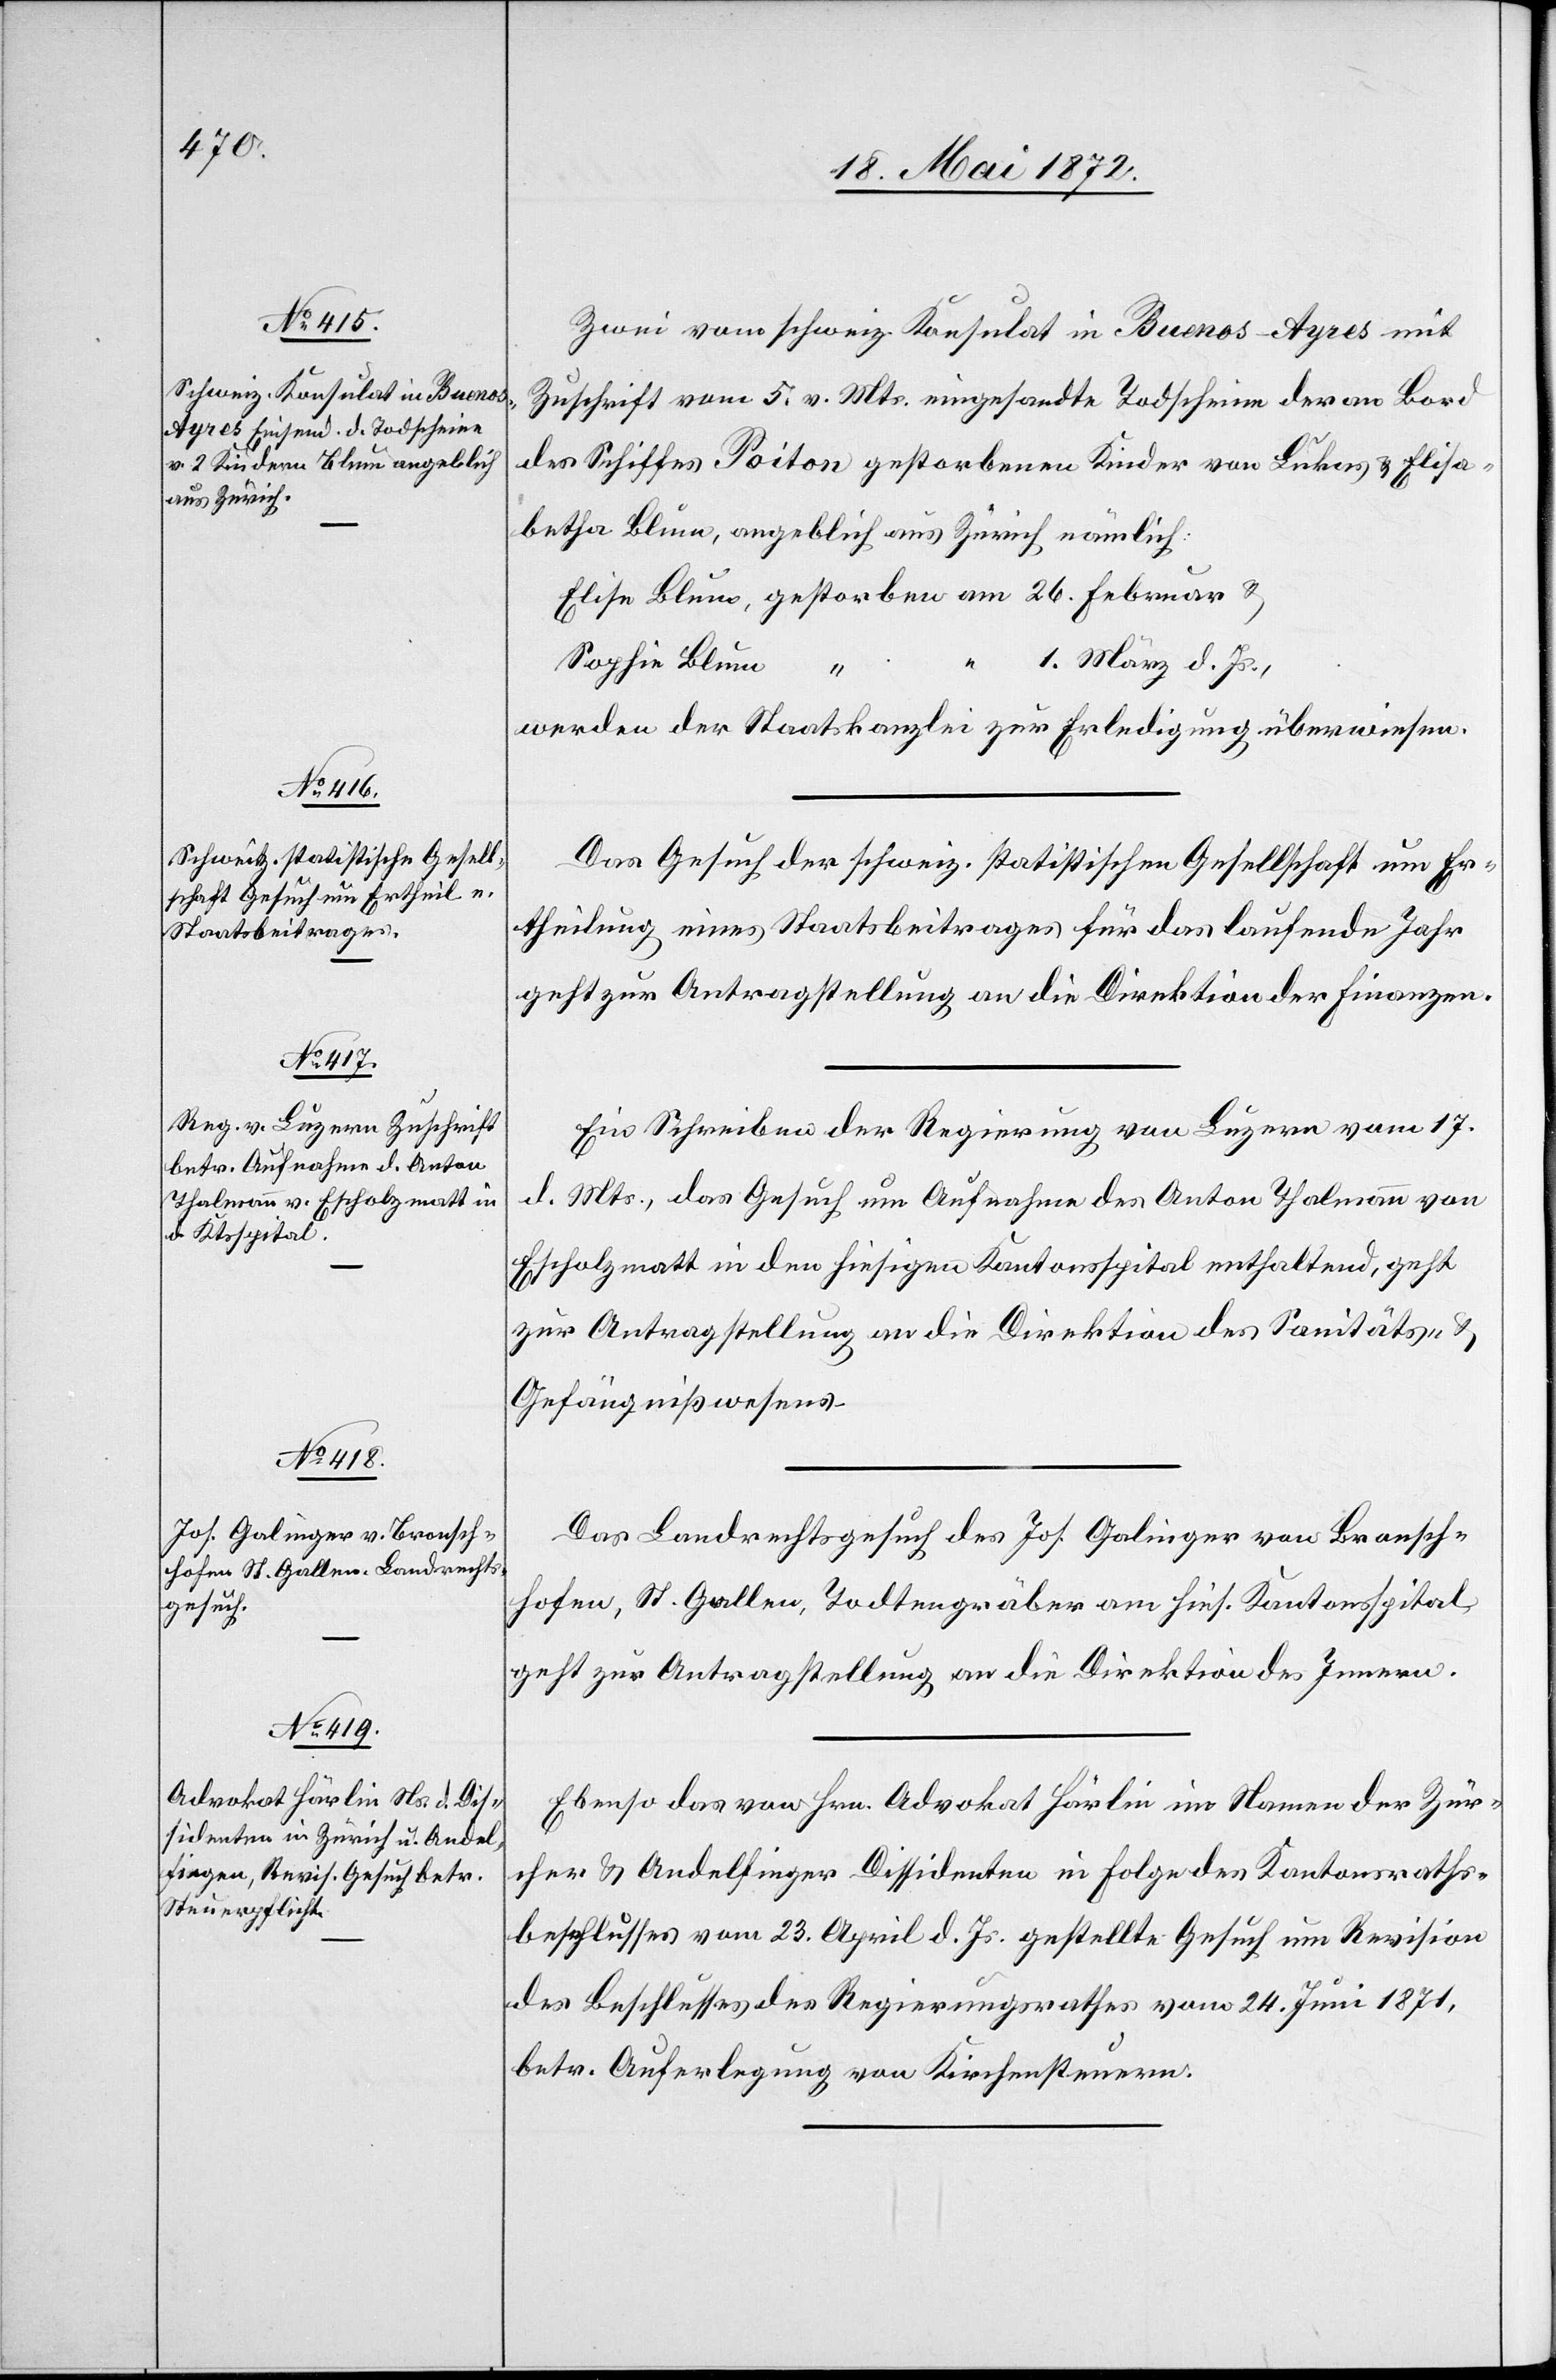
21. Mai 1872.]
Zwei vom schweiz. Konsulat in Buenos-Ayres mit
Zuschrift vom 5. v. Mts. eingesandte Todscheine der an Bord
des Schiffes Poiton gestorbenen Kinder von Lukas u. Elisa¬
betha Blum, angeblich aus Zürich nämlich:
1. März d. Js.,
Sophia Blum
werden der Staatskanzlei zur Erledigung überwiesen.
Das Gesuch der schweiz. statistischen Gesellschaft um Er¬
theilung eines Staatsbeitrages für das laufende Jahr
geht zur Antragstellung an die Direktion der Finanzen.
Ein Schreiben der Regierung von Luzern vom 17.
d.
Mts., das Gesuch um Aufnahme des Anton Thalmann von
Eschholzmatt in den hiesigen Kantonsspital enthaltend, geht
zur Antragstellung an die Direktion des Sanitäts- u.
Gefängnißwesens.
Das Landrechtsgesuch des Jos. Galinger von Bronsch¬
hofen, St. Gallen, Todtengräber am hies. Kantonsspital,
geht zur Antragstellung an die Direktion des Innern.
Ebenso das von Hrn. Advokat Härlin im Namen der Zür¬
cher u. Andelfinger Dissidenten in Folge des Kantonsraths¬
beschlusses vom 23. April d. Js. gestellte Gesuch um Revision
des Beschlusses des Regierungsrathes vom 24. Juni 1871,
betr. Auferlegung von Kirchensteuern.